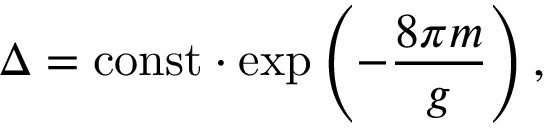
\Delta = \mathrm { c o n s t } \cdot \exp \left( - \frac { 8 \pi m } { g } \right) ,